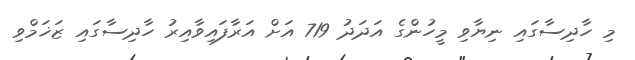
މި ހާދިސާގައި ނިޔާވި މީހުންގެ އަދަދު 719 އަށް އަރާފައިވާއިރު ހާދިސާގައި ޒަޚަމްވި